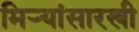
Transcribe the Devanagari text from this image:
मिऱ्यांसारखी